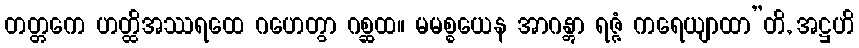
တတ္တကေ ဟတ္ထိအဿရထေ ဂဟေတွာ ဂစ္ဆထ။ မမစ္စယေန အာဂန္တွာ ရဇ္ဇံ ကရေယျာထာ”တိ, အဋ္ဌဟိ